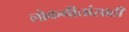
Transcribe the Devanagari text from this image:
लोकगीतांसाठी